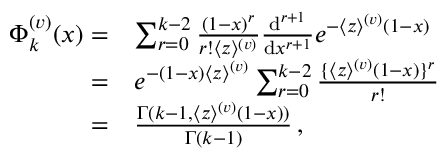
\begin{array} { r l } { \Phi _ { k } ^ { ( v ) } ( x ) = } & { \sum _ { r = 0 } ^ { k - 2 } \frac { ( 1 - x ) ^ { r } } { r ! \langle z \rangle ^ { ( v ) } } \frac { \mathrm { d } ^ { r + 1 } } { \mathrm { d } x ^ { r + 1 } } e ^ { - \langle z \rangle ^ { ( v ) } ( 1 - x ) } } \\ { = } & { e ^ { - ( 1 - x ) \langle z \rangle ^ { ( v ) } } \sum _ { r = 0 } ^ { k - 2 } \frac { \lbrace \langle z \rangle ^ { ( v ) } ( 1 - x ) \rbrace ^ { r } } { r ! } } \\ { = } & { \frac { \Gamma ( k - 1 , \langle z \rangle ^ { ( v ) } ( 1 - x ) ) } { \Gamma ( k - 1 ) } \, , } \end{array}